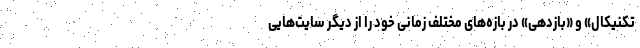
تکنیکال» و «بازدهی» در بازه‌های مختلف زمانی خود را از دیگر سایت‌هایی